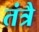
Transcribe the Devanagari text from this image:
तंत्रै